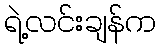
ရဲ့လင်းချန်က